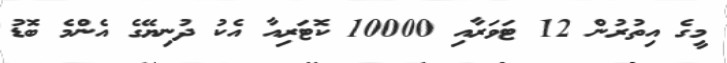
މީގެ އިތުރުން 12 ޓަވަރާއި 10000 ކޮޓަރިއާ އެކު ދުނިޔޭގެ އެންމެ ބޮޑު